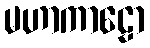
မဟာကာဠော